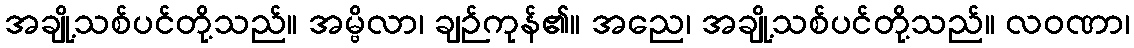
အချို့သစ်ပင်တို့သည်။ အမ္ဗိလာ၊ ချဉ်ကုန်၏။ အညေ၊ အချို့သစ်ပင်တို့သည်။ လဝဏာ၊